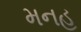
મનહ